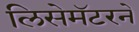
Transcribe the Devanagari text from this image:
लिसेमॅटरने